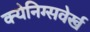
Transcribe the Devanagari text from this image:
क्येनिग्सवेर्ख